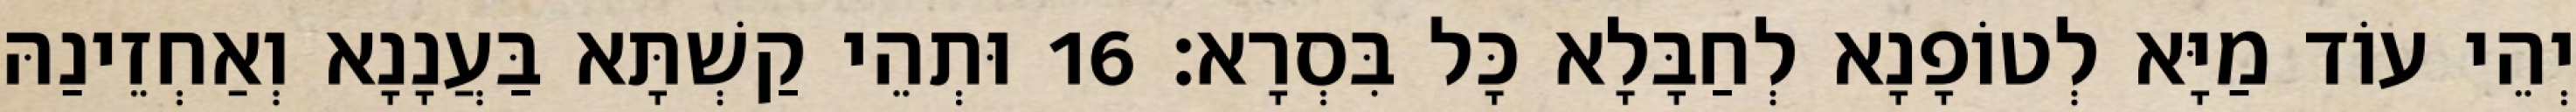
יְהֵי עוֹד מַיָּא לְטוֹפָנָא לְחַבָּלָא כָּל בִּסְרָא׃ 16 וּתְהֵי קַשְׁתָּא בַּעֲנָנָא וְאַחְזֵינַהּ